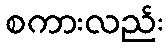
စကားလည်း